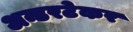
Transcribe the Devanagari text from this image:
अन्डरटेकर